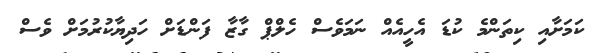
ކަމަށާއި ކިތަންމެ ކުޑަ އެހީއެއް ނަމަވެސް ހެލްޕް ގާޒާ ފަންޑަށް ހަދިޔާކުރުމަށް ވެސް